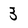
Character: 3